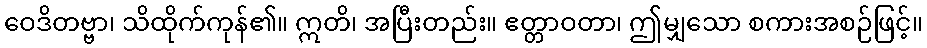
ဝေဒိတဗ္ဗာ၊ သိထိုက်ကုန်၏။ ဣတိ၊ အပြီးတည်း။ ဧတ္တာဝတာ၊ ဤမျှသော စကားအစဉ်ဖြင့်။